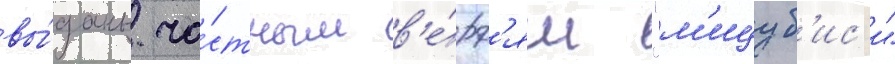
вы́даны ча́стным в'е́рф'ям "м'ицуб'ис'и"